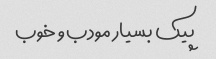
پیک بسیار مودب و خوب